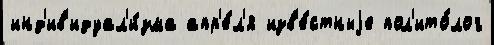
инд'ив'идуал'и́зма апр'е́л'я изв'е́стныjе пол'ито́лог